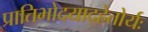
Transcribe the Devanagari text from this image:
प्रातिभोदयाद्हेतोर्यः